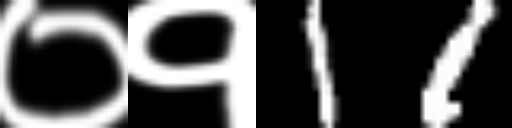
Text: ०१11